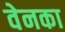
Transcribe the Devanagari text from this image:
वेनका